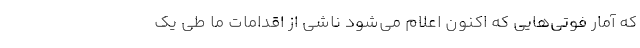
که آمار فوتی‌هایی که اکنون اعلام می‌شود ناشی از اقدامات‌ ما طی یک